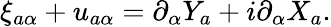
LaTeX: \xi_{a\alpha}+u_{a\alpha}=\partial_{\alpha}Y_{a}+i\partial_{\alpha}X_{a}.